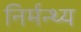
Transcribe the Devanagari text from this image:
निर्मन्थ्य